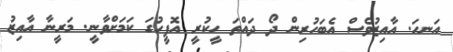
އަނހަ. އާއިޒުވެސް އެބަހުރިން ދޯ ދައްތަ ހީކުރީ އޮފީހުގަ ކަމަށްވާނީ. މަރީނާ އާއިޒު